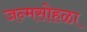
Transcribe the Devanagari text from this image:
जन्मसोहळा